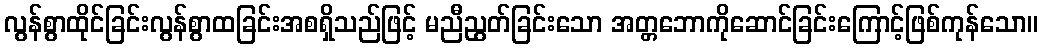
လွန်စွာထိုင်ခြင်းလွန်စွာထခြင်းအစရှိသည်ဖြင့် မညီညွတ်ခြင်းသော အတ္တဘောကိုဆောင်ခြင်းကြောင့်ဖြစ်ကုန်သော။